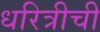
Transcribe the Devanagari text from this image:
धरित्रीची